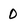
Character: 0